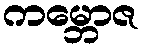
ကမ္ဘောဇ